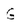
Character: G